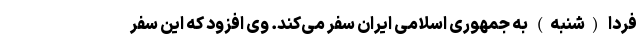
فردا (شنبه) به جمهوری اسلامی ایران سفر می‌کند. وی افزود که این سفر